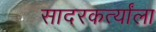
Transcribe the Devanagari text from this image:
सादरकर्त्यांला